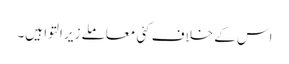
اس کے خلاف کئی معاملے زیر التوا ہیں۔